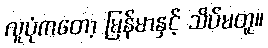
လူပုံကတော့ မြန်မာနှင့် သိပ်မတူ။